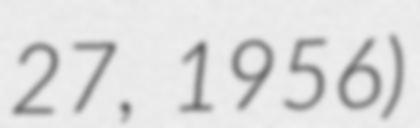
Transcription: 27, 1956)